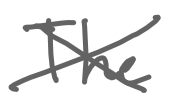
Text: The
Cross-out: cross
Writing tool: digital_gray